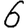
Digit: 6